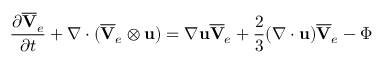
\frac { \partial \overline { { \mathbf { V } } } _ { e } } { \partial t } + \nabla \cdot ( \overline { { \mathbf { V } } } _ { e } \otimes \mathbf { u } ) = \nabla \mathbf { u } \overline { { \mathbf { V } } } _ { e } + \frac { 2 } { 3 } ( \nabla \cdot { \mathbf { u } } ) \overline { { \mathbf { V } } } _ { e } - \boldsymbol \Phi